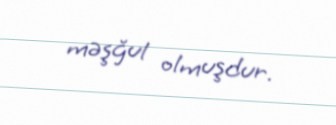
məşğul olmuşdur.